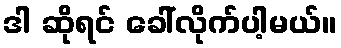
ဒါ ဆိုရင် ခေါ်လိုက်ပါ့မယ်။